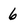
Character: 6